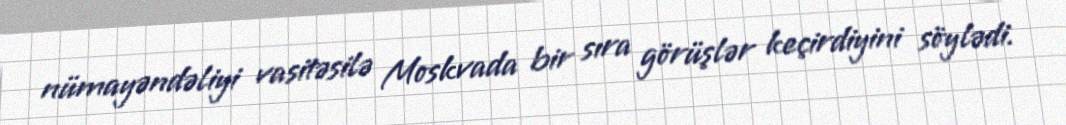
nümayəndəliyi vasitəsilə Moskvada bir sıra görüşlər keçirdiyini söylədi.